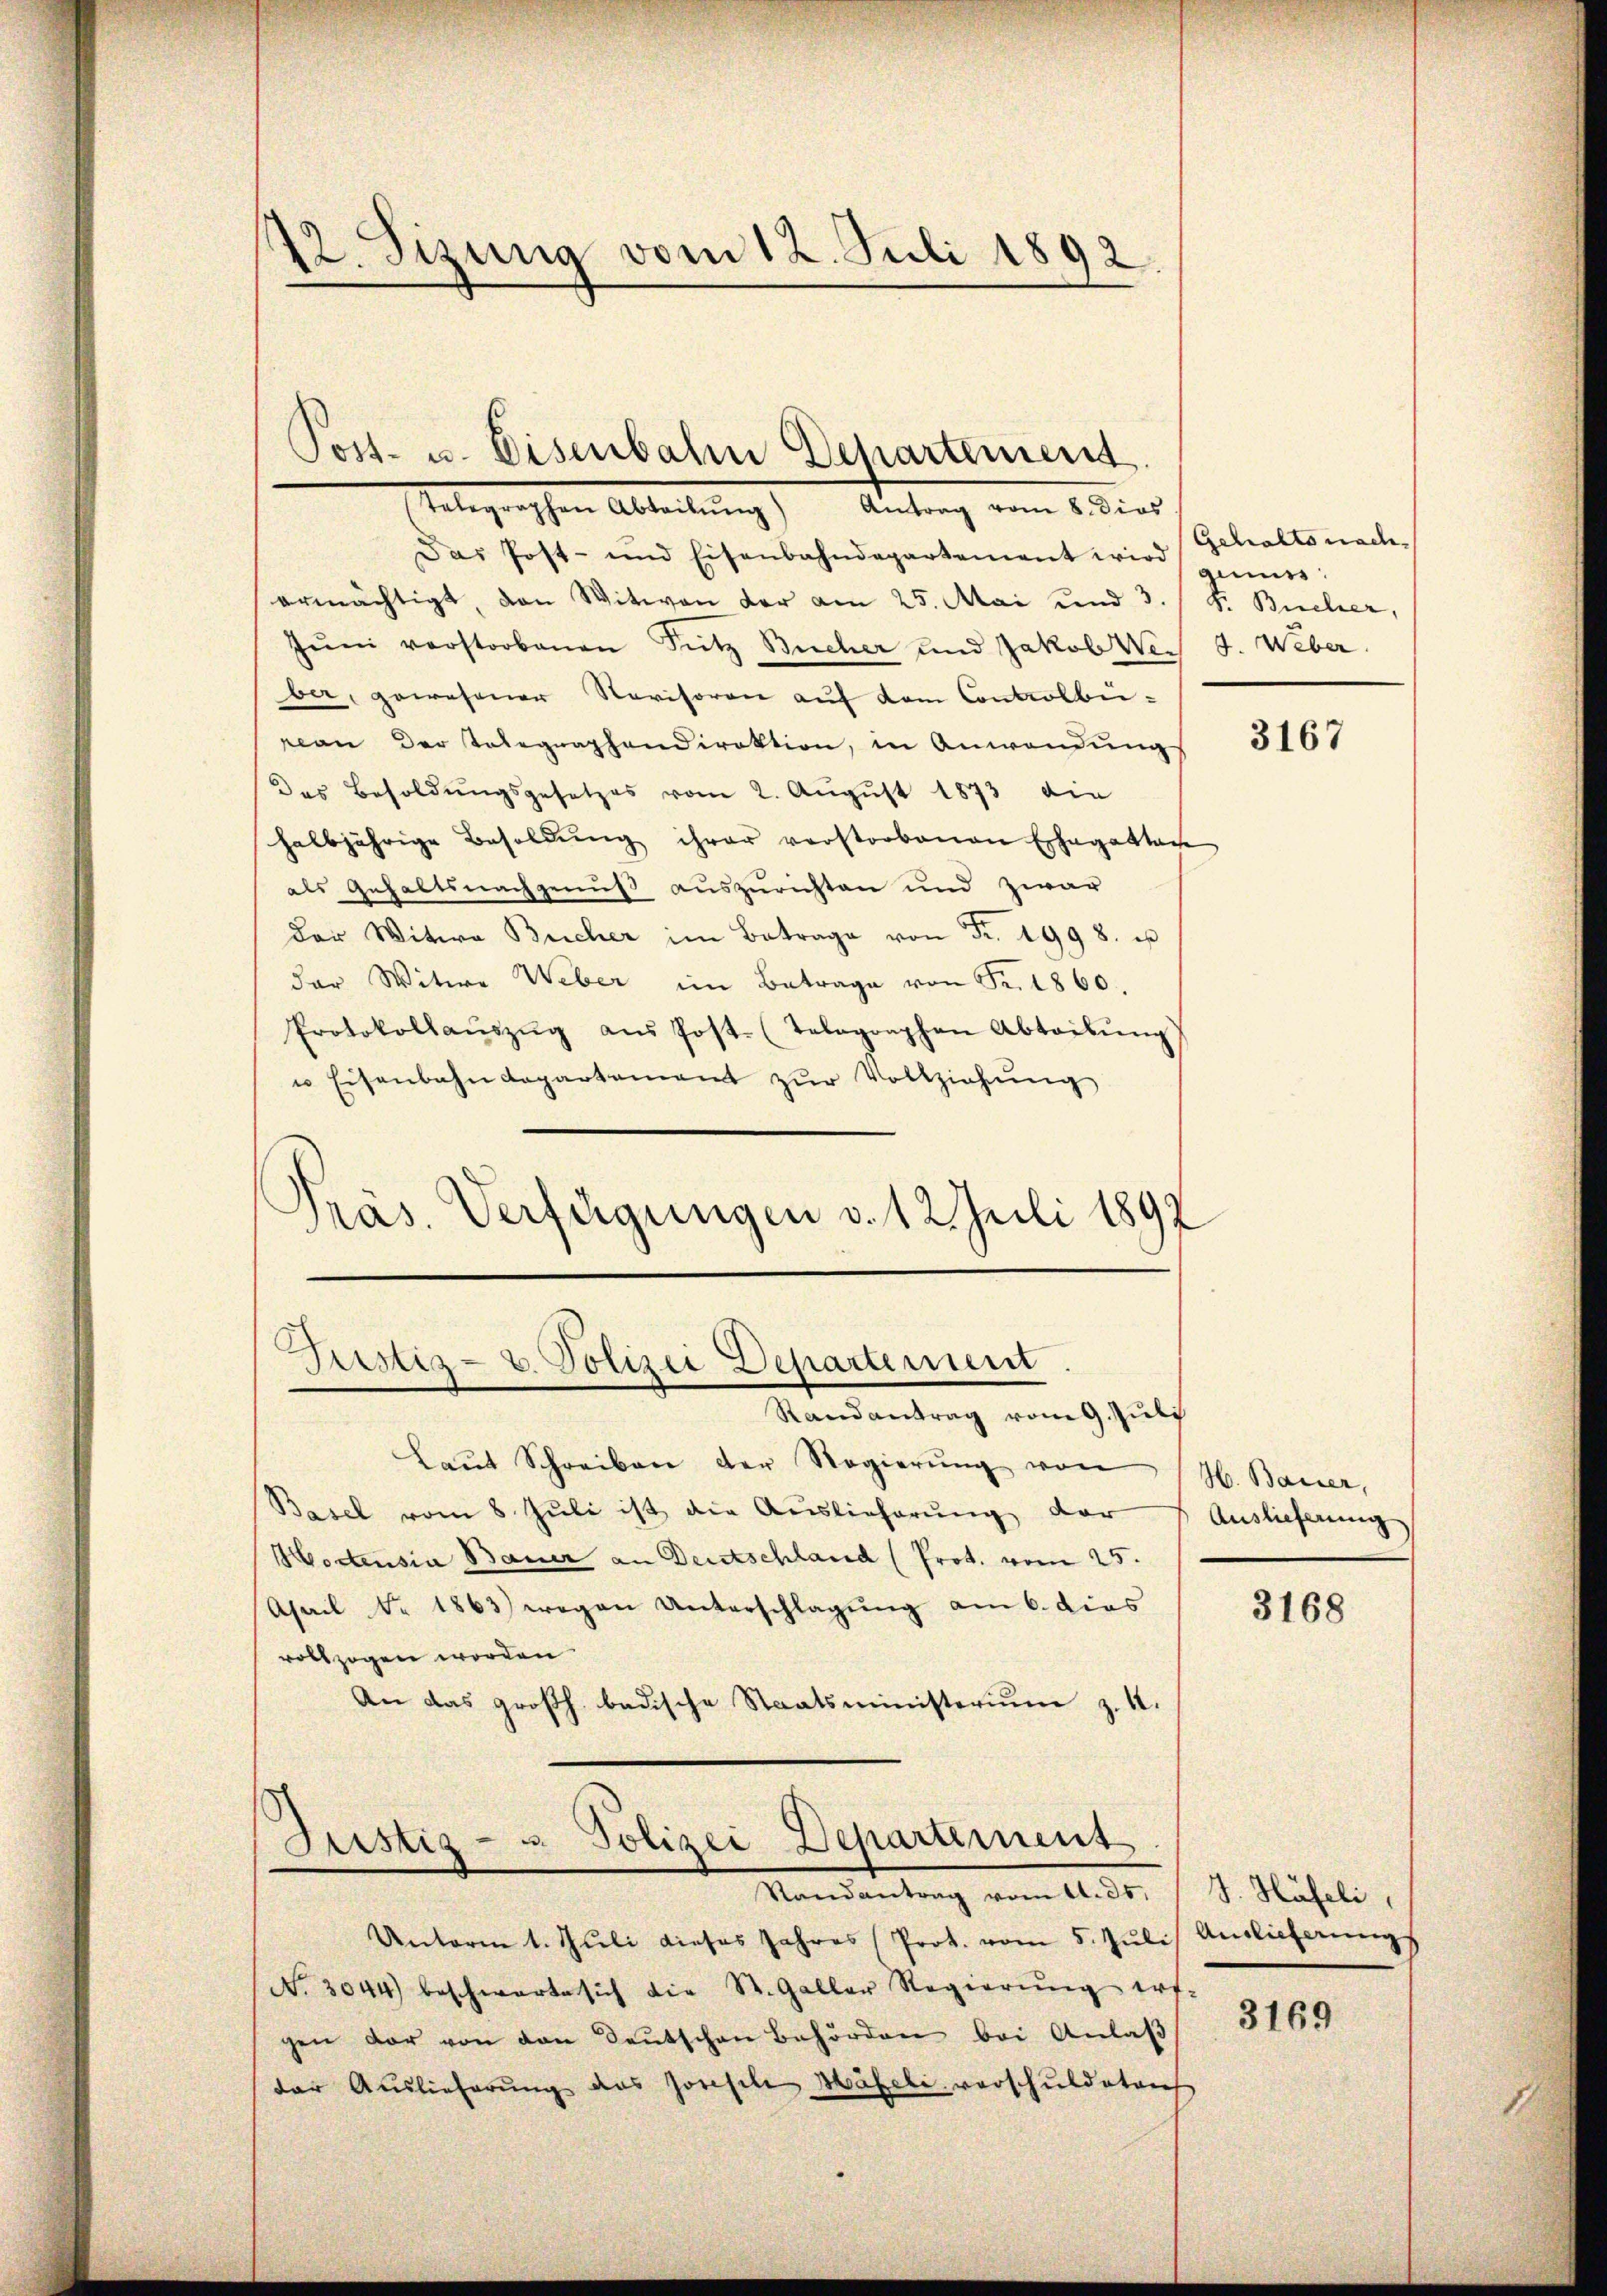
12. Sizung vom 12. Juli 1892

Post- u. Eisenbahn Departement.
Telegraphen Abteilŭng Antrag vom 8. dies

Das Post- und Eisenbahndepartement wird gemes
ermächtigt, den Witwen der am 25. Mai und 3. / S. Bücher,
Juni vorstorbenen Sitz Bucher und Jakob Wei J. Weber.
ber, gewesener Revisoren auf dem Controlbu-
von der Telegraphendirektion, in Anwendung
Das Besoldŭngsgesetzes vom 2. Aŭgŭst 1873 die
halbjährige Besoldŭng ihrer verstorbenen Ehegatten
als Gehaltsnachgenuß auszurichten und zwar
der Witwe Bücher im Betrage von Fr. 1998. u
der Witwe Weber im Betrage von Fr. 1860.
Protokollaŭszŭg aŭs Post- (Telographen Abteibŭng
u Eisenbahndepartement zur Vollziehung
Pras. Verfügungen d. 12 Juli 1892

d
Justiz- u. Polizei Departement
Randantrag vom 9. Juli

Laŭt Schreiben der Regierŭng von
Basel vom 8. Juli ist die Auslieferung der
Hodensia Bauer an Deutschland (Prot. vom 25.
Asail No 1863 wegen Unterschlagung am 6. dies
vollzogen worden.
An das großh. badische Staatsministerium z. 1.

Justiz- u. Polizei Departiment
Randantrag vom 11. 35.

Unterm 1. Jŭli dieses Jahres (Prot. vom 5. Jŭli
No. 3044) beschwarte sich die St. Galler Regierŭng ers-
gen der von den Deutschen Behörden bei Anlaβ
der Auslieferung das Josefile Häfeli verschuldeten

Gehalts nach

3167

H. Bauer,
Auslieferung

3168

J. Häfeli,
Auslicherungs

3169